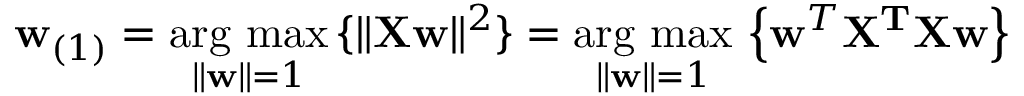
\mathbf { w } _ { ( 1 ) } = { \underset { \Vert \mathbf { w } \Vert = 1 } { \operatorname { \arg \, m a x } } } \, \{ \Vert \mathbf { X w } \Vert ^ { 2 } \} = { \underset { \Vert \mathbf { w } \Vert = 1 } { \operatorname { \arg \, m a x } } } \, \left\{ \mathbf { w } ^ { T } \mathbf { X ^ { T } } \mathbf { X w } \right\}